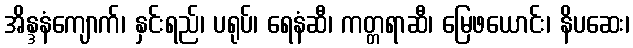
အိန္ဒနံကျောက်၊ နှင်းရည်၊ ပရုပ်၊ ရေနံဆီ၊ ကတ္တရာဆီ၊ မြေဖယောင်း၊ နိပဆေး၊